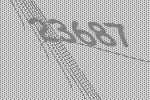
23687